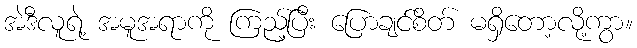
အဲဒီလူရဲ့ အမူအရာကို ကြည့်ပြီး ပြောချင်စိတ် မရှိတော့လို့ကွာ။